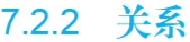
7.2.2 关系